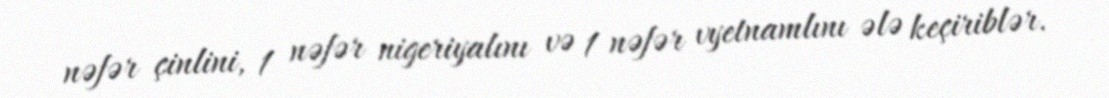
nəfər çinlini, 1 nəfər nigeriyalını və 1 nəfər vyetnamlını ələ keçiriblər.